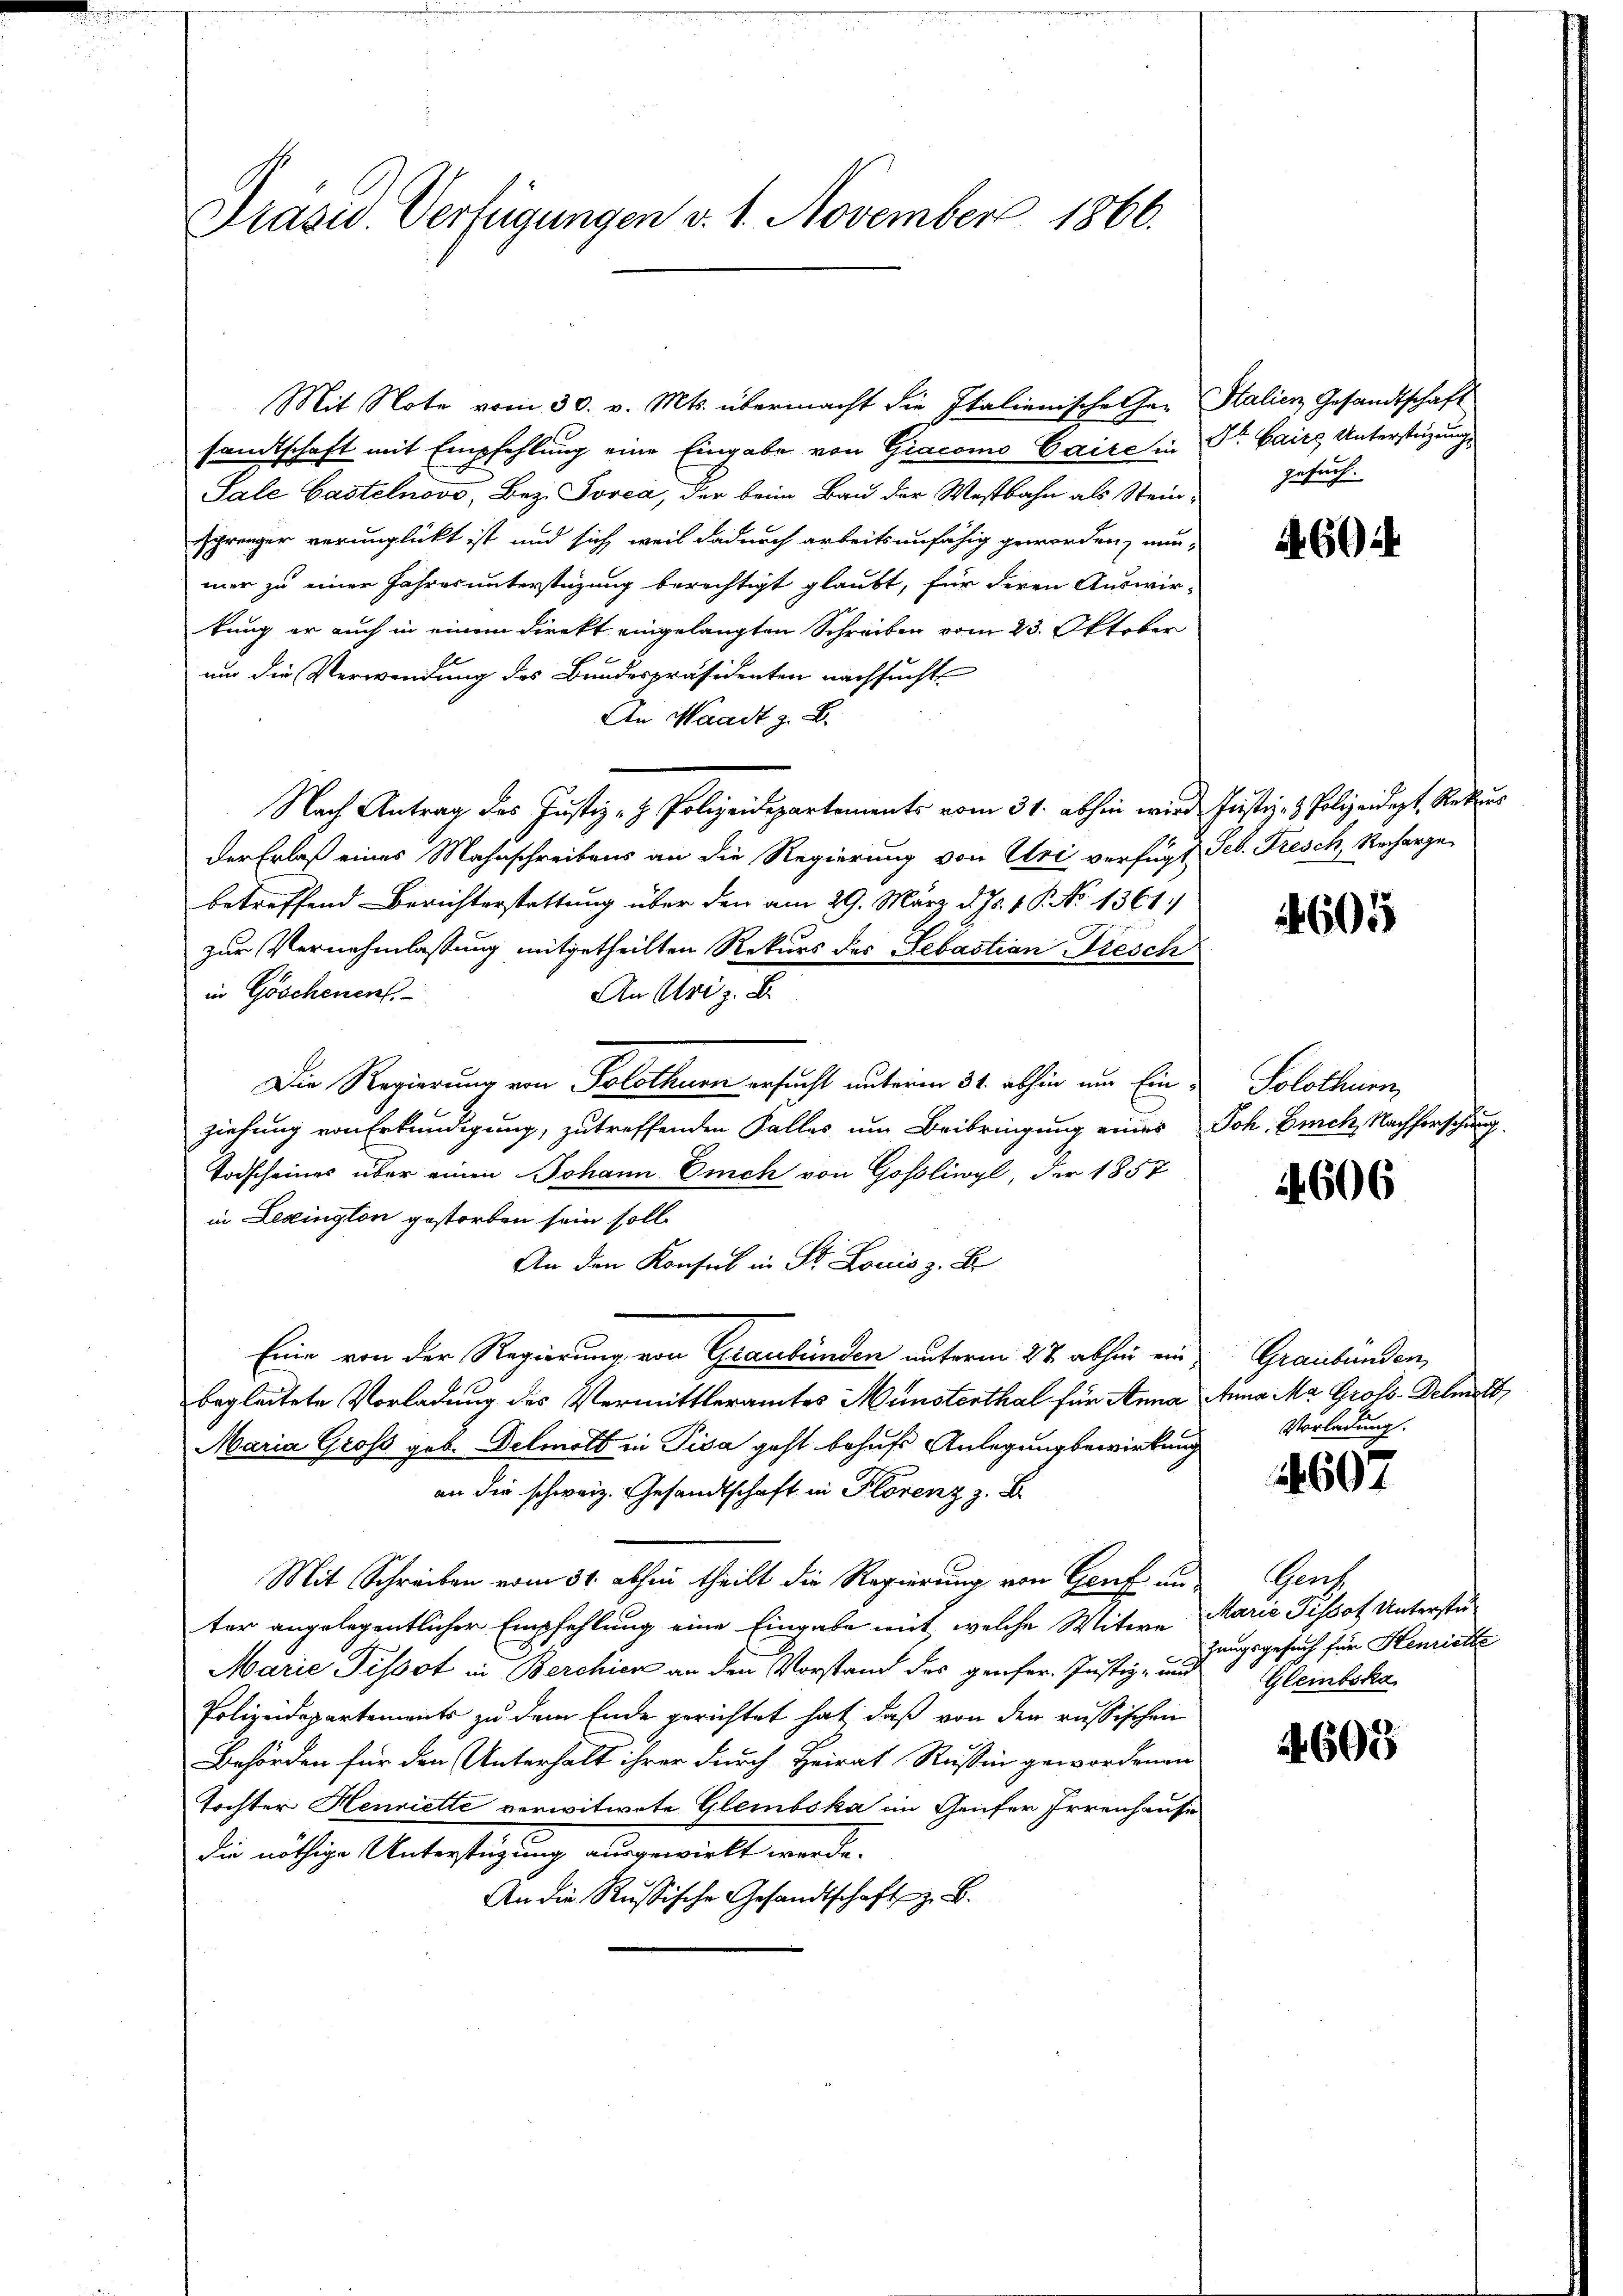
Präsid. Verfügungen v. 1. November 1866.

Mit Note vom 30. v. Mts. übermacht die Italienischehen Stalien Gesandtschaft
samtschaft mit Empfehlung eine Eingabe von Giacomo Caite in Dr. Cairs Unterstüzungs
Sale Castelnovo, Bez. Torea, der beim Bau der Westbahn als Stein Gesuch.
sprenger verunglückt ist und sich weil dadurch arbeitsunfähig geworden, nun-
mer zu einer Jahres unterstüzung berechtigt glaubt, für deren Auswir-
tung er auch in einem direkt eingelangten Schreiben vom 23. Oktober
um die Verwendung des Bundespräsidenten nachsucht,
An Waadt z. B.
Nach Antrag des Justiz- & Polizeidepartements vom 31. abhin wird Justiz- & Polizeidigt, Rekurs
der Erlaß eines Mahnschreibens an die Regierung von Uri verfügt Seb. Fresch, Recharge
betreffend Berichterstattung über den am 29. März d. Js. v. P. No 1361.
zur Vernehmlassung mitgetheilten Rekurs des Sebastian Fiesch
in Göschenen.
An Art z. B.
Die Regierung von Solothurn ersucht unterm 31. abhin um Einziehung von Erkundigung, zutreffenden Falles um Beibringung eines Joh. Buch, Nachforschung
Todscheines über einen Johann Eich von Gosliwyl, der 1857
in Lexington gestorben sein soll
An den Konsul in St. Louis z. B.
Eine von der Regierung von Graubünden unterm 27. abhin ein
begleitete Vorladung des Vermittleramtes Münsterthal für Anna Anna Ma Grols-Delmals
Maria Groß geb. Delmolt in Pisa geht behufs Anlegung bewirkung
an die schweiz. Gesandtschaft in Florenz z. B.
Mit Schreiben vom 31. abhin theilt die Regierung von Genf un-
ter angelegentlicher Empfehlung eine Eingabe mit welche Witwe Marie Pissot Unterstü-
Marie Tissot in Berchier an den Vorstand des genfer Justiz- und Gleinbeka
Polizeidepartements zu dem Ende gerichtet hat, daß von den russischen
Behörden für den Unterhalt ihrer durch Heirat Russin gewordenen
Tochter Henriette verwitwete Glembska in Genfer Irrenhause
die nöthige Untersteigung ausgewielt werde.
An die Russische Gesandtschaft z. B.

A604

4605

Solothurn,

4606

Graubünden,
Vorladung.

4607

Gerz
zungsgesuch für Henriette

4609